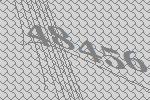
48456